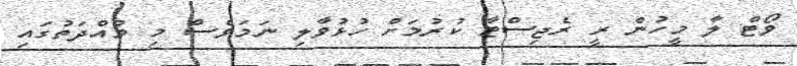
ވޯޓް ލާ މީހުން ރީ ރެޖިސްޓާ ކުރުމަށް ހުޅުވާލި ނަމަވެސް މި މުއްދަތުގައި